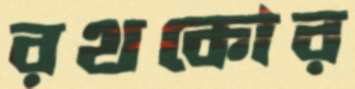
রথকোর